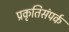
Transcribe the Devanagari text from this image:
प्रकृतिसंपर्क